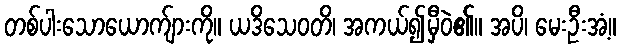
တစ်ပါးသောယောက်ျားကို။ ယဒိသေဝတိ၊ အကယ်၍မှီဝဲ၏။ အပိ၊ မေးဦးအံ့။